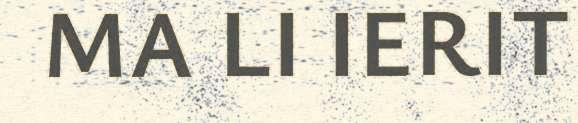
MA LI IERIT